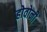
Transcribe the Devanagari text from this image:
होवोनी